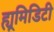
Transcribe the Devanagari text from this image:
ह्यूमिडिटी